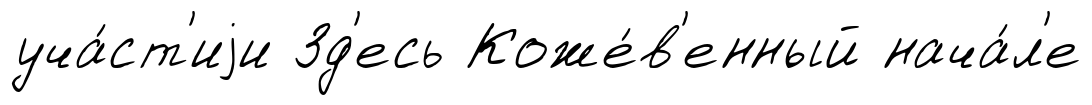
уча́ст'иjи Зд'есь Коже́в'енный нача́л'е